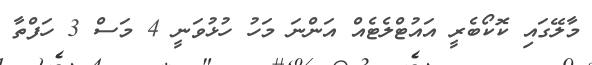
މާލޭގައި ކޮކޯބެރީ އައުޓްލެޓެއް އަންނަ މަހު ހުޅުވަނީ 4 މަސް 3 ހަފްތާ